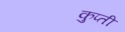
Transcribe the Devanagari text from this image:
कुप्ती